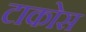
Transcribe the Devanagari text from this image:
टाकोस